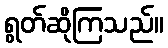
ရွတ်ဆိုကြသည်။